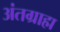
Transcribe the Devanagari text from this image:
अंतग्राह्म